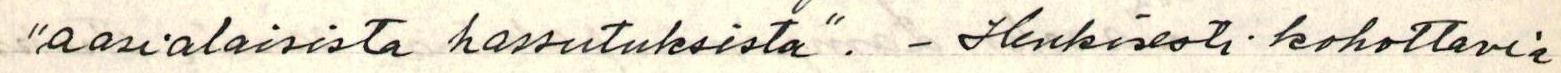
"aasialaisista hassutuksista". - Henkisesti kohottavia